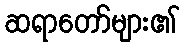
ဆရာတော်များ၏